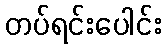
တပ်ရင်းပေါင်း